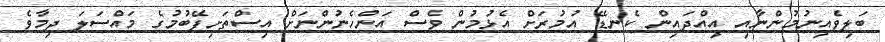
ބަލިވެއިނުމުންނާއި އިއްދައިން ކެނޑޭ އުމުރަށް އެޅުމުން ވެސް އަންހެނުންނަށް އިސްތަށިފޭބުމުގެ މައްސަލަ ދިމާވެ